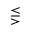
\lesseqgtr